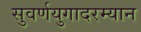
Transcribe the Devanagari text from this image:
सुवर्णयुगादरम्यान